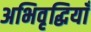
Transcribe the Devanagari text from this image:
अभिवृद्धियाँ